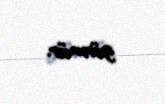
görmür.